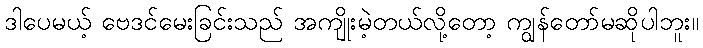
ဒါပေမယ့် ဗေဒင်မေးခြင်းသည် အကျိုးမဲ့တယ်လို့တော့ ကျွန်တော်မဆိုပါဘူး။